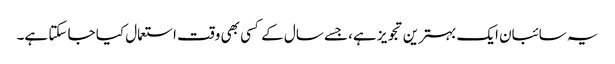
یہ سائبان ایک بہترین تجویز ہے، جسے سال کے کسی بھی وقت استعمال کیا جا سکتا ہے۔